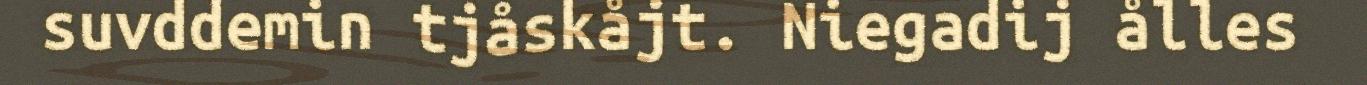
suvddemin tjåskåjt. Niegadij ålles